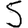
Digit: 5